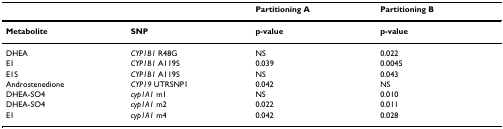
<table><thead><tr><td></td><td></td><td><b>Partitioning A</b></td><td><b>Partitioning B</b></td></tr></thead><tbody><tr><td><b>Metabolite</b></td><td><b>SNP</b></td><td><b>p-value</b></td><td><b>p-value</b></td></tr><tr><td>DHEA</td><td><i>CYP1B1 </i>R48G</td><td>NS</td><td>0.022</td></tr><tr><td>E1</td><td><i>CYP1B1 </i>A119S</td><td>0.039</td><td>0.0045</td></tr><tr><td>E1S</td><td><i>CYP1B1 </i>A119S</td><td>NS</td><td>0.043</td></tr><tr><td>Androstenedione</td><td><i>CYP19 </i>UTRSNP1</td><td>0.042</td><td>NS</td></tr><tr><td>DHEA-SO4</td><td><i>cyp1A1 </i>m1</td><td>NS</td><td>0.010</td></tr><tr><td>DHEA-SO4</td><td><i>cyp1A1 </i>m2</td><td>0.022</td><td>0.011</td></tr><tr><td>E1</td><td><i>cyp1A1 </i>m4</td><td>0.042</td><td>0.028</td></tr></tbody></table>